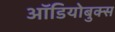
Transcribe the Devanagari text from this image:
ऑडियोबुक्स